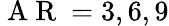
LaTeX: \mathrm{~A~R~}=3,6,9